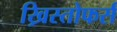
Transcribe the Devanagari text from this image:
ख्रिस्तोफर्स